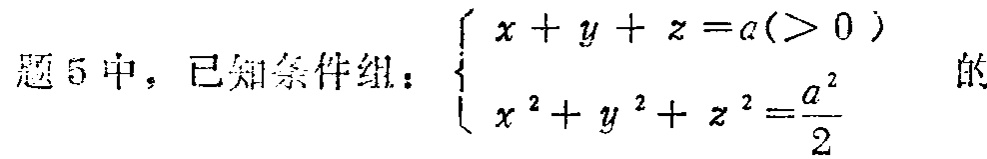
题5中，已知条件组：$\begin{cases}x + y + z = a(>0) \\x^{2}+y^{2}+z^{2}=\frac{a^{2}}{2}\end{cases}$ 的